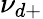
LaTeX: \nu_{d+}